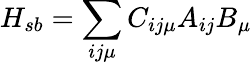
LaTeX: H_{sb}=\sum_{ij\mu}C_{ij\mu}A_{ij}B_{\mu}